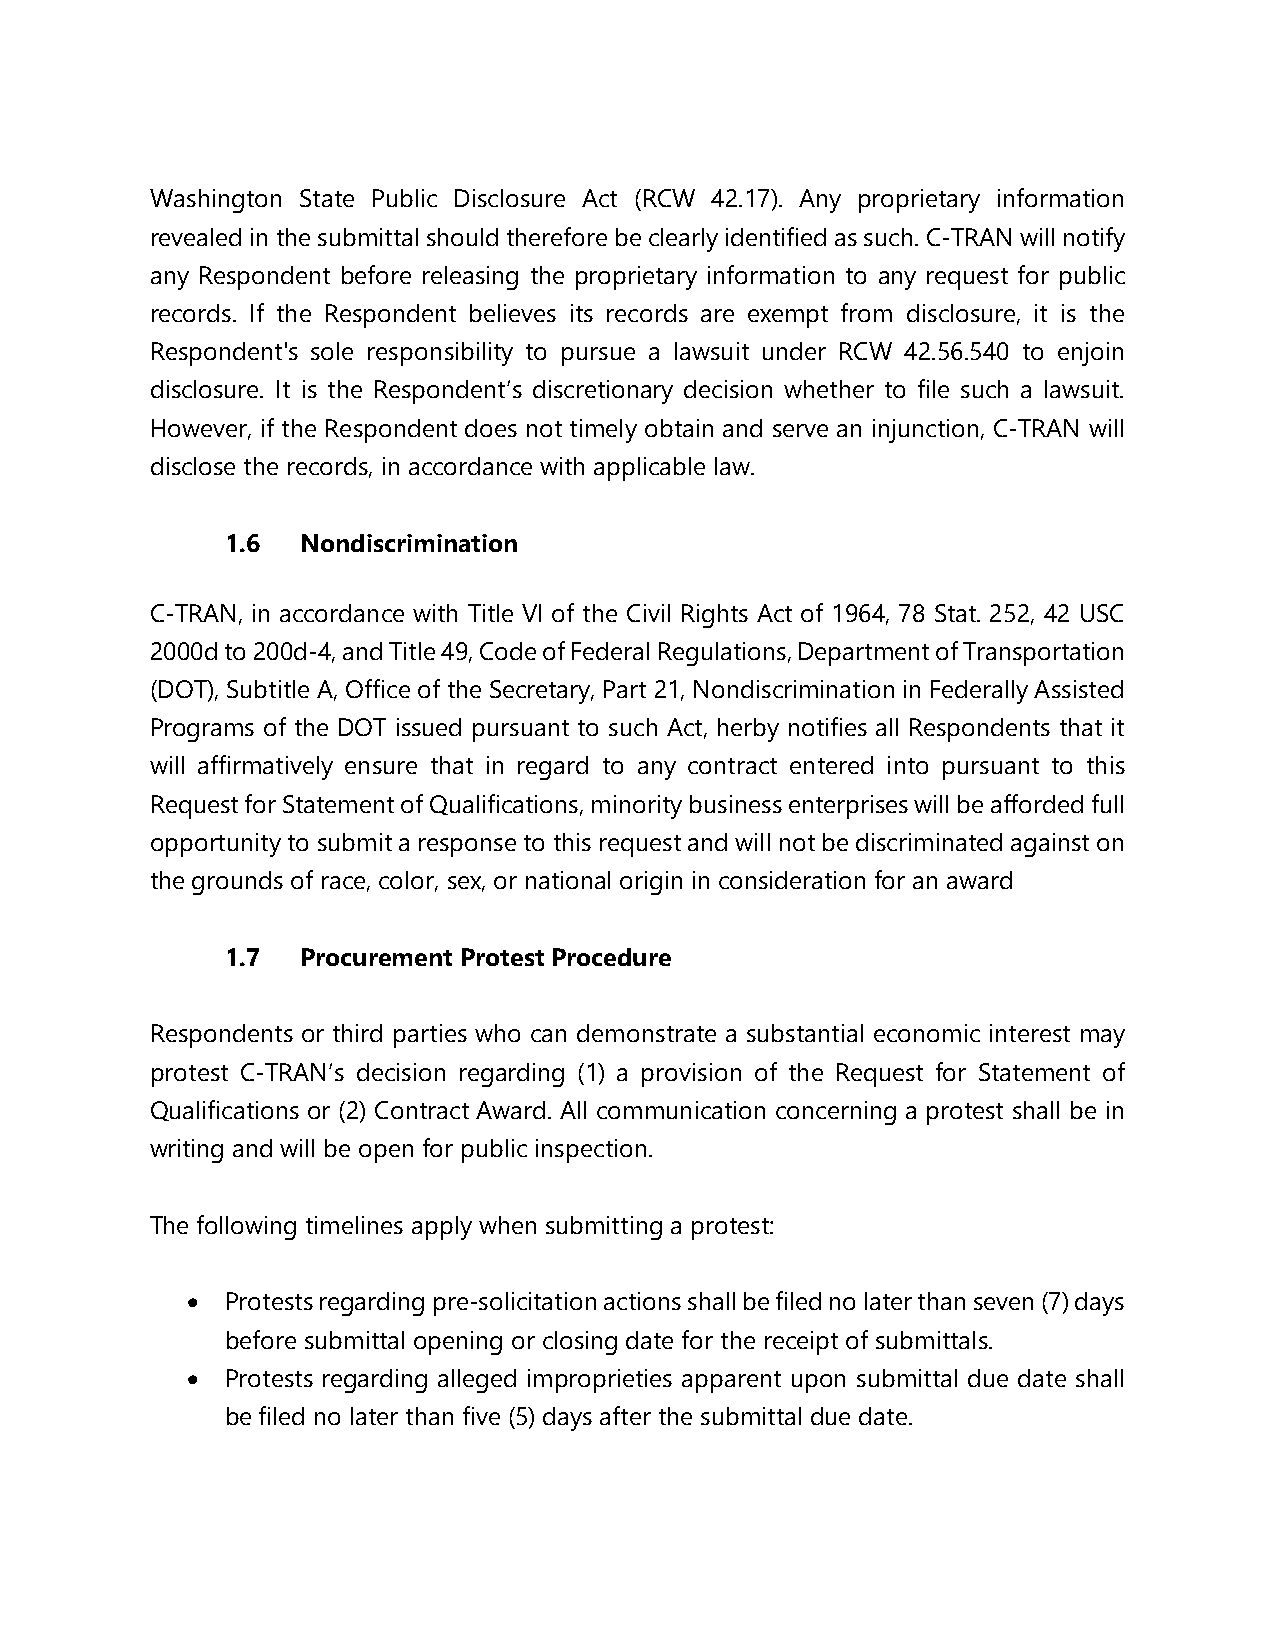
Washington State Public Disclosure Act (RCW 42.17). Any proprietary information
 revealed in the submittal should therefore be clearly identified as such. C-TRAN will notify
 any Respondent before releasing the proprietary information to any request for public
 records. If the Respondent believes its records are exempt from disclosure, it is the
 Respondent's sole responsibility to pursue a lawsuit under RCW 42.56.540 to enjoin
 disclosure. It is the Respondent’s discretionary decision whether to file such a lawsuit.
 However, if the Respondent does not timely obtain and serve an injunction, C-TRAN will
 disclose the records, in accordance with applicable law.
 1.6  Nondiscrimination
 C-TRAN, in accordance with Title VI of the Civil Rights Act of 1964, 78 Stat. 252, 42 USC
 2000d to 200d-4, and Title 49, Code of Federal Regulations, Department of Transportation
 (DOT), Subtitle A, Office of the Secretary, Part 21, Nondiscrimination in Federally Assisted
 Programs of the DOT issued pursuant to such Act, herby notifies all Respondents that it
 will affirmatively ensure that in regard to any contract entered into pursuant to this
 Request for Statement of Qualifications, minority business enterprises will be afforded full
 opportunity to submit a response to this request and will not be discriminated against on
 the grounds of race, color, sex, or national origin in consideration for an award
 1.7  Procurement Protest Procedure
 Respondents or third parties who can demonstrate a substantial economic interest may
 protest C-TRAN’s decision regarding (1) a provision of the Request for Statement of
 Qualifications or (2) Contract Award. All communication concerning a protest shall be in
 writing and will be open for public inspection.
 The following timelines apply when submitting a protest:
 •  Protests regarding pre-solicitation actions shall be filed no later than seven (7) days
 before submittal opening or closing date for the receipt of submittals.
 •  Protests regarding alleged improprieties apparent upon submittal due date shall
 be filed no later than five (5) days after the submittal due date.